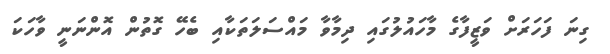
ގިނަ ފަހަރަށް ވަޒީފާގެ މާހައުލުގައި ދިމާވާ މައްސަލަތަކާއި ބެހޭ ގޮތުން އޮންނަނީ ވާހަކަ